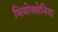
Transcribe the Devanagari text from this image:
थियोक्सेनिया